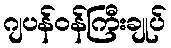
ဂျပန်ဝန်ကြီးချုပ်